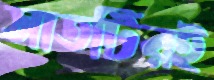
সাতটিরই